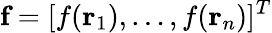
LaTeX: \textbf{f}=[f(\textbf{r}_{1}),\dots,f(\textbf{r}_{n})]^{T}